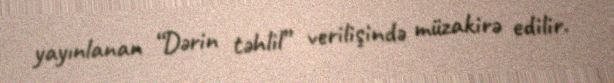
yayınlanan “Dərin təhlil” verilişində müzakirə edilir.